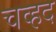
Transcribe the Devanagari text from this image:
चव्हद